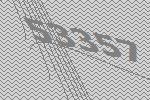
53357